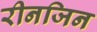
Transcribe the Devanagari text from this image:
रीनजिन